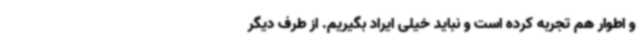
و اطوار هم تجربه کرده‌ است و نباید خیلی ایراد بگیریم. از طرف دیگر